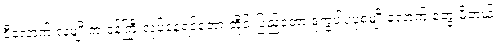
ဒီလောက် လူမျိုးက ဝန်ကြီးလုပ်နေရင်တော့ တိုင်းပြည်တော့ ဒုက္ခပါပဲပုံစံမျိုးလောက် တွေးမိတယ်။